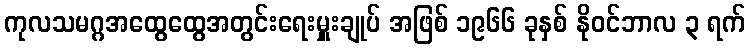
ကုလသမဂ္ဂအထွေထွေအတွင်းရေးမှူးချုပ် အဖြစ် ၁၉၆၆ ခုနှစ် နိုဝင်ဘာလ ၃ ရက်